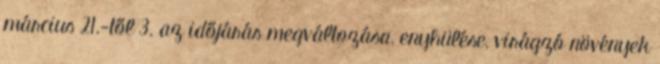
március 21.-től 3. az időjárás megváltozása, enyhülése, virágzó növények